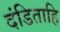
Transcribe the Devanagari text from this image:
दंडिताहि